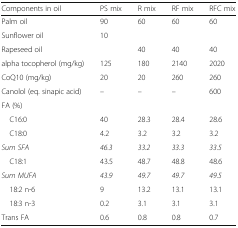
<table><thead><tr><td><b>Components in oil</b></td><td><b>PS mix</b></td><td><b>R mix</b></td><td><b>RF mix</b></td><td><b>RFC mix</b></td></tr></thead><tbody><tr><td>Palm oil</td><td>90</td><td>60</td><td>60</td><td>60</td></tr><tr><td>Sunflower oil</td><td>10</td><td></td><td></td><td></td></tr><tr><td>Rapeseed oil</td><td></td><td>40</td><td>40</td><td>40</td></tr><tr><td>alpha tocopherol (mg/kg)</td><td>125</td><td>180</td><td>2140</td><td>2020</td></tr><tr><td>CoQ10 (mg/kg)</td><td>20</td><td>20</td><td>260</td><td>260</td></tr><tr><td>Canolol (eq. sinapic acid)</td><td>–</td><td>–</td><td>–</td><td>600</td></tr><tr><td>FA (%)</td><td></td><td></td><td></td><td></td></tr><tr><td> C16:0</td><td>40</td><td>28.3</td><td>28.4</td><td>28.6</td></tr><tr><td> C18:0</td><td>4.2</td><td>3.2</td><td>3.2</td><td>3.2</td></tr><tr><td><i>Sum SFA</i></td><td><i>46.3</i></td><td><i>33.2</i></td><td><i>33.3</i></td><td><i>33.5</i></td></tr><tr><td> C18:1</td><td>43.5</td><td>48.7</td><td>48.8</td><td>48.6</td></tr><tr><td><i>Sum MUFA</i></td><td><i>43.9</i></td><td><i>49.7</i></td><td><i>49.7</i></td><td><i>49.5</i></td></tr><tr><td> 18:2 n-6</td><td>9</td><td>13.2</td><td>13.1</td><td>13.1</td></tr><tr><td> 18:3 n-3</td><td>0.2</td><td>3.1</td><td>3.1</td><td>3.1</td></tr><tr><td>Trans FA</td><td>0.6</td><td>0.8</td><td>0.8</td><td>0.7</td></tr></tbody></table>